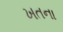
ખતના